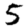
Digit: 5